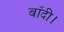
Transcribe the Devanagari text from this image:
बाँदी।